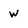
Character: w